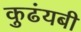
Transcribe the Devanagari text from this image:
कुढंयबी